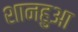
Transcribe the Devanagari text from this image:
शानहुआ